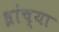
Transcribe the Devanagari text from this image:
ध्रांच्या